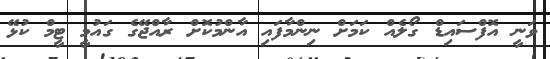
ވަނީ އޮފްސައިޑް ގޯލެއް ކަމަށް ނިންމާފައި އާންމުކޮށް ރާއްޖޭގެ ގައުމީ ޓީމް ކުޅޭ